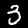
Digit: 3